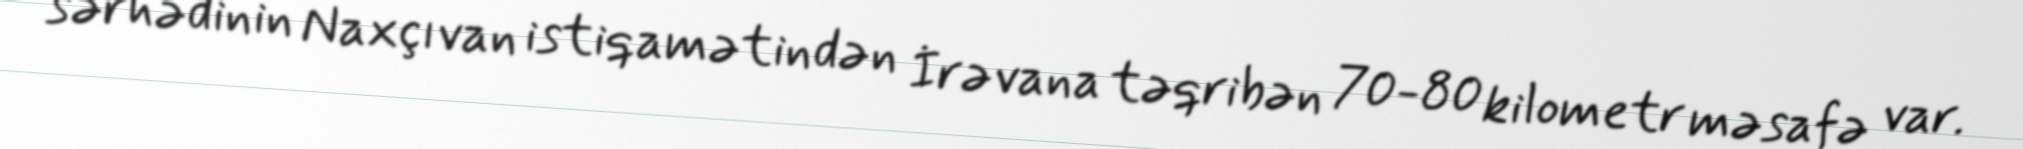
sərhədinin Naxçıvan istiqamətindən İrəvana təqribən 70-80 kilometr məsafə var.